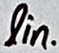
Text: lin.